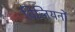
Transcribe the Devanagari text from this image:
बिलियनों